Note on the mental hospitals in Burma - 1925-1940
Year: 1925
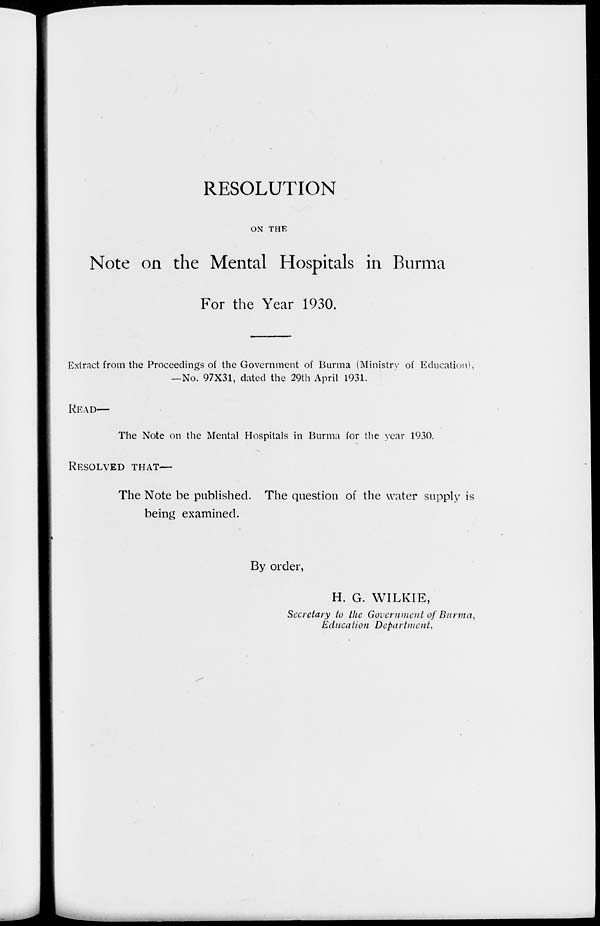
RESOLUTION
ON THE
Note on the Mental Hospitals in Burma
For the Year 1930.
Extract from the Proceedings of the Government of Burma (Ministry of Education),
—No. 97X31, dated the 29th April 1931.
READ—
The Note on the Mental Hospitals in Burma for the year 1930.
RESOLVED THAT—
The Note be published. The question of the water supply is
being examined.
By order,
H. G. WILKIE,
Secretary to the Government of Burma,
Education Department.